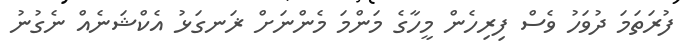
ފުރަތަމަ ދުވަހު ވެސް ފިރިހެން މީހާގެ މަންމަ މެންނަށް ޜަނގަޅު އެކްޝަނެއް ނެގުނު